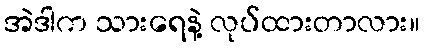
အဲဒါက သားရေနဲ့ လုပ်ထားတာလား။